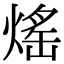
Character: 熎